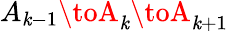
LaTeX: A_{\mathit{k}-1}\toA_{\mathit{k}}\toA_{\mathit{k}+1}